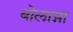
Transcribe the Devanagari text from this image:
बोलाग्ना